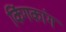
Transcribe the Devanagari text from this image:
किंगकांग